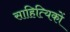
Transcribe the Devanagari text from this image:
साहित्‍यिकों